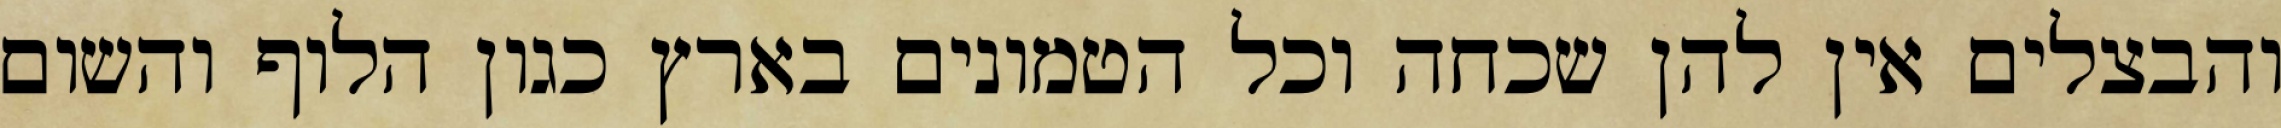
והבצלים אין להן שכחה וכל הטמונים בארץ כגון הלוף והשום